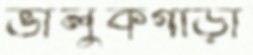
ভালুকগাড়ী